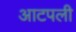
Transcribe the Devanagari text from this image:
आटपली